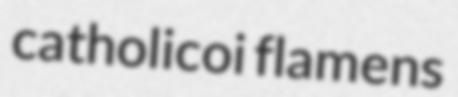
catholicoi flamens